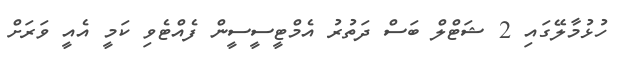
ހުޅުމާލޭގައި 2 ޝަޓްލް ބަސް ދަތުރު އެމްޓީސީސީން ފެއްޓެވި ކަމީ އެއީ ވަރަށް